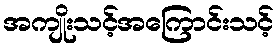
အကျိုးသင့်အကြောင်းသင့်